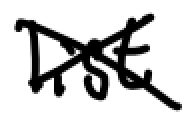
Text: list
Cross-out: cross
Writing tool: digital_black